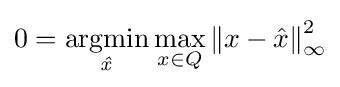
0=\operatorname {\underset {\mathit {\hat {x}}}{argmin}} \max _{x\in Q}\left\|x-{\hat {x}}\right\|_{\infty }^{2}